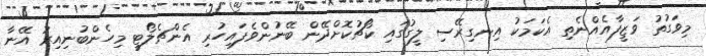
މިވަގުތު ވަޒީފާއެއްނެތި އެކަމަކު އިނގިރޭސި ލީގުގައި ކޯޗުކޮށްދޭން ބޭނުންވެފައިހުރި އެންޗެލޯޓީ މިހެންބުނިއިރު އޭނާ